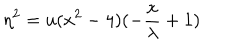
LaTeX: \eta ^ { 2 } = u ( x ^ { 2 } - 4 ) ( - \frac { x } { \lambda } + 1 )